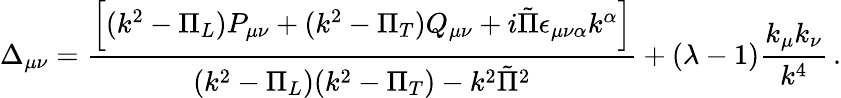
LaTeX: \Delta_{\mu\nu}={\frac{\left[(k^{2}-\Pi_{L})P_{\mu\nu}+(k^{2}-\Pi_{T})Q_{\mu\nu}+i\tilde{\Pi}\epsilon_{\mu\nu\alpha}k^{\alpha}\right]}{(k^{2}-\Pi_{L})(k^{2}-\Pi_{T})-k^{2}\tilde{\Pi}^{2}}}+\left(\lambda-1\right){\frac{k_{\mu}k_{\nu}}{k^{4}}}\, .